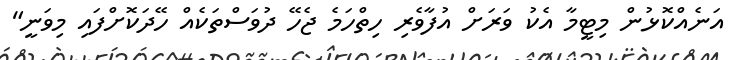
އަނެއްކޮޅުން މިޓީމާ އެކު ވަރަށް އުފާވެރި ހިތްހަމެ ޖެހޭ ދުވަސްތަކެއް ހޭދަކޮށްފައި މިވަނީ"